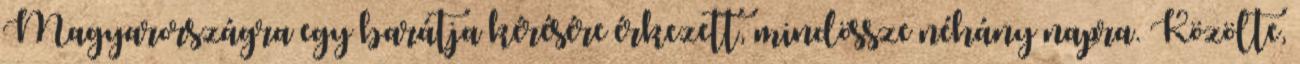
Magyarországra egy barátja kérésére érkezett, mindössze néhány napra. Közölte,